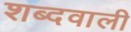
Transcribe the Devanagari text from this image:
शब्दवाली